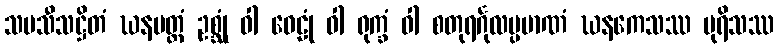
သမသီသဋ္ဌိတံ ဃနပတ္တံ ဥစ္ဆုံ ဝါ ဝေဠုံ ဝါ ရုက္ခံ ဝါ စတုရင်္ဂုလပ္ပမာဏံ ဃနကေသဿ ပုရိသဿ